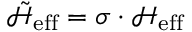
\mathcal { \tilde { H } } _ { \mathrm { { e f f } } } = \sigma \cdot \mathcal { H } _ { \mathrm { { e f f } } }